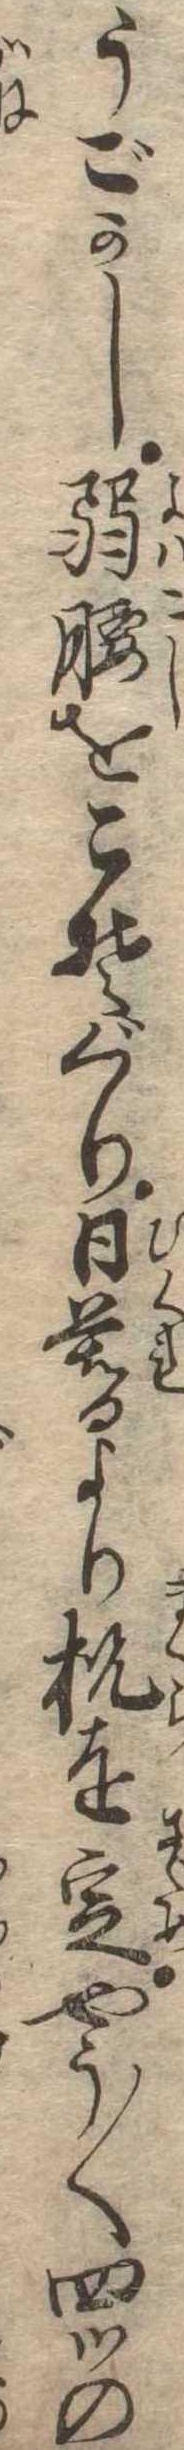
うごかし弱腰をこそぐり日暮より枕を定やう〱四ツの